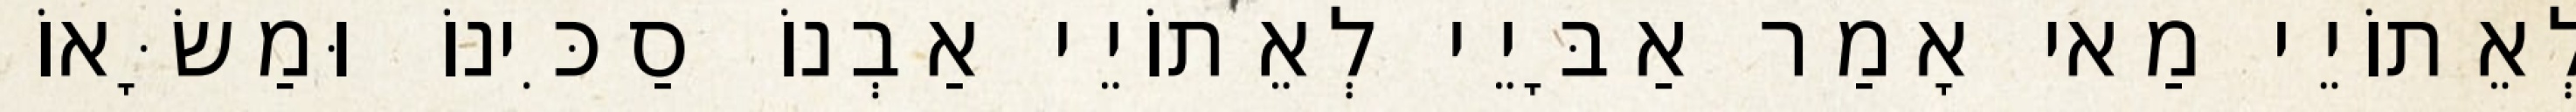
לְאֵתוֹיֵי מַאי אָמַר אַבָּיֵי לְאֵתוֹיֵי אַבְנוֹ סַכִּינוֹ וּמַשָּׂאוֹ